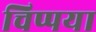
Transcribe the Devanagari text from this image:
चिप्पया